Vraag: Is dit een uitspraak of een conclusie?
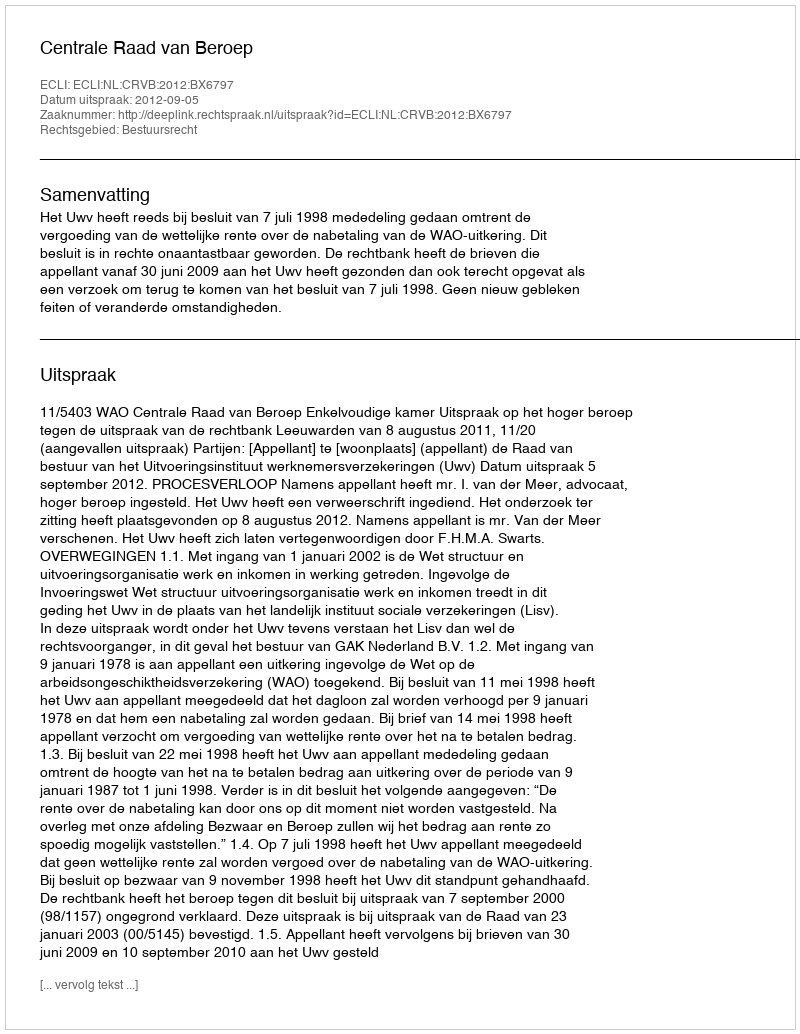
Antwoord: Uitspraak